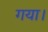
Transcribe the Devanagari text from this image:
गया।